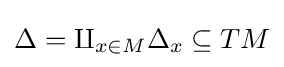
\Delta =\amalg _{x\in M}\Delta _{x}\subseteq TM